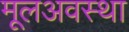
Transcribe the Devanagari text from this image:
मूलअवस्था